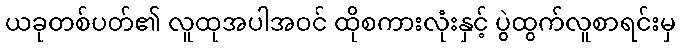
ယခုတစ်ပတ်၏ လူထုအပါအဝင် ထိုစကားလုံးနှင့် ပွဲထွက်လူစာရင်းမှ